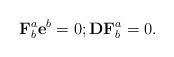
LaTeX: \begin{align*}\mathbf{F}_{b}^{a}\mathbf{\mathbf{e}}^{b}=0;\mathbf{DF}_{b}^{a}=0.\end{align*}